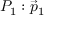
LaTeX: P _ { 1 } : { \vec { p } } _ { 1 }